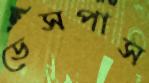
ডেসপাস